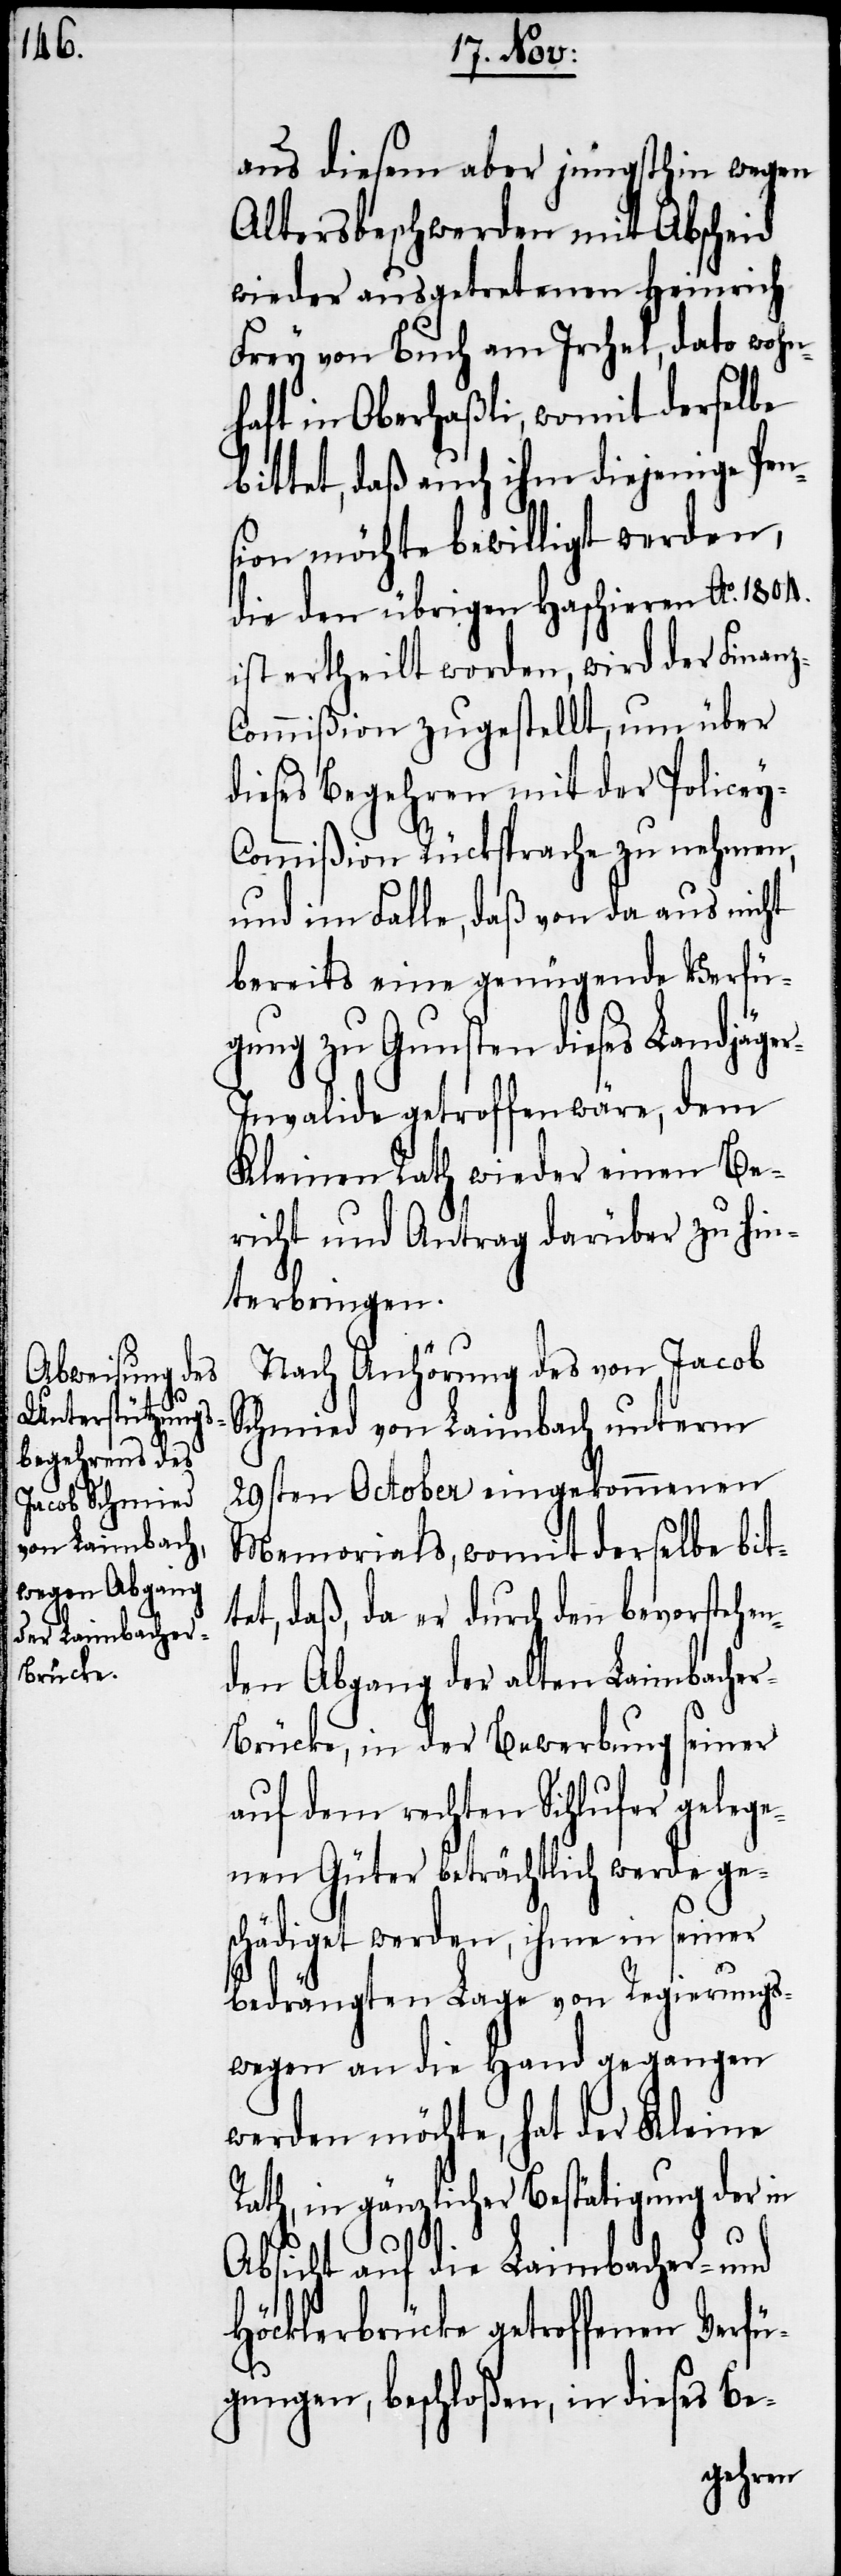
aus diesem aber jüngsthin wegen
Altersbeschwerden mit Abscheid
wieder ausgetretenen Heinrich
Frey von Buch am Irchel, dato wohn¬
haft in Oberhaßli, womit derselbe
bittet, daß auch ihm diejenige Pen¬
sion möchte bewilligt werden,
die den übrigen Haschieren Ao. 1804.
ist ertheilt worden, wird der Finan¬
ommißion zugestellt, um über
dieses Begehren mit der Police¬
ommißion Rücksprache zu nehmen,
und im Falle, daß von da aus nicht
bereits eine genügende Verfü¬
gung zu Gunsten dieses Landjäge¬
r-Invalide getroffen wäre, dem
Kleinen Rath wieder einen Be¬
richt und Antrag darüber zu hin¬
terbringen.
Nach Anhörung des von Jacob
Schmied von Laimbach unterm
29sten October eingekommenen
Memorials, womit derselbe bitt¬
et, daß, da er durch den bevorstehen¬
den Abgang der alten Laimbache¬
rücke, in der Bewerbung seiner
auf dem rechten Sihlufer gelege¬
nen Güter beträchtlich werde ges¬
chädiget werden, ihm in seiner
bedrängten Lage von Regierungs¬
wegen an die Hand gegangen
werden möchte, hat der Kleine
Rath, in gänzlicher Bestätigung der in
r-B¬
Absicht auf die Laimbacher- und
Höcklerbrücke getroffenen Verfü¬
gungen, beschloßen, in dieses Be-